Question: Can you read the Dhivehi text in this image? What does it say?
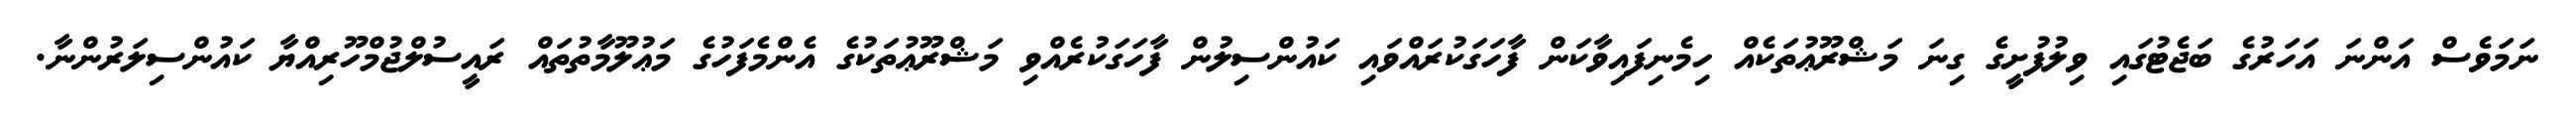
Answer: ނަމަވެސް އަންނަ އަހަރުގެ ބަޖެޓުގައި ވިލުފުށީގެ ގިނަ މަޝްރޫޢުތަކެއް ހިމެނިފައިވާކަން ފާހަގަކުރައްވައި ކައުންސިލުން ފާހަގަކުރެއްވި މަޝްރޫޢުތަކުގެ އެންމެފަހުގެ މަޢުލޫމާތުތައް ރައީސުލްޖުމްހޫރިއްޔާ ކައުންސިލަރުންނާ.